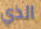
الذي